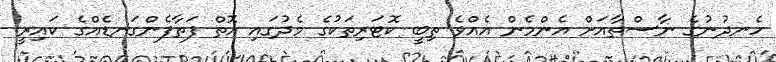
ހެނދުނުގެ ނާސްތާއަށް އެންމެން އެއްވެ ތިބީ ކޮޓަރިތަކުގެ މެދުގައި އޮތް ފަތާފެންގަނޑެއްގެ ކައިރީ